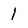
Character: l